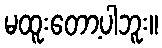
မထူးတော့ပါဘူး။